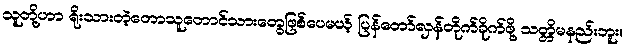
သူတို့ဟာ ရိုးသားတဲ့တောသူတောင်သားတွေဖြစ်ပေမယ့် ပြန်တော်လှန်တိုက်ခိုက်ဖို့ သတ္တိမနည်းဘူး။